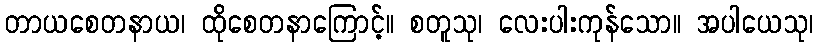
တာယစေတနာယ၊ ထိုစေတနာကြောင့်။ စတူသု၊ လေးပါးကုန်သော။ အပါယေသု၊